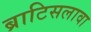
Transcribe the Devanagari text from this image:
ब्राटिसलावा